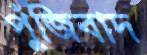
পুঁজিবাদ